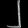
Digit: ၂